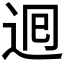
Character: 𮞉